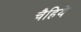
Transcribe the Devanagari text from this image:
चैहिये